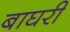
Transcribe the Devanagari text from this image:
बाघरी